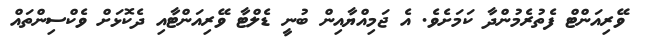
ވޭރިއަންޓް ފެތުރެމުންދާ ކަމަށެވެ. އެ ޖަމިއްޔާއިން ބުނީ ޑެލްޓާ ވޭރިއަންޓާއި ދެކޮޅަށް ވެކްސިންތައް